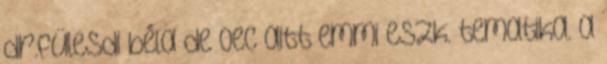
dr.fülesdi béla de oec aitt emmi eszk. tematika. a